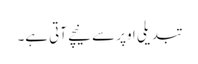
تبدیلی اوپر سے نیچے آتی ہے۔